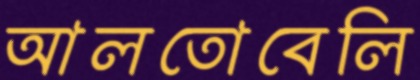
আলতোবেলি